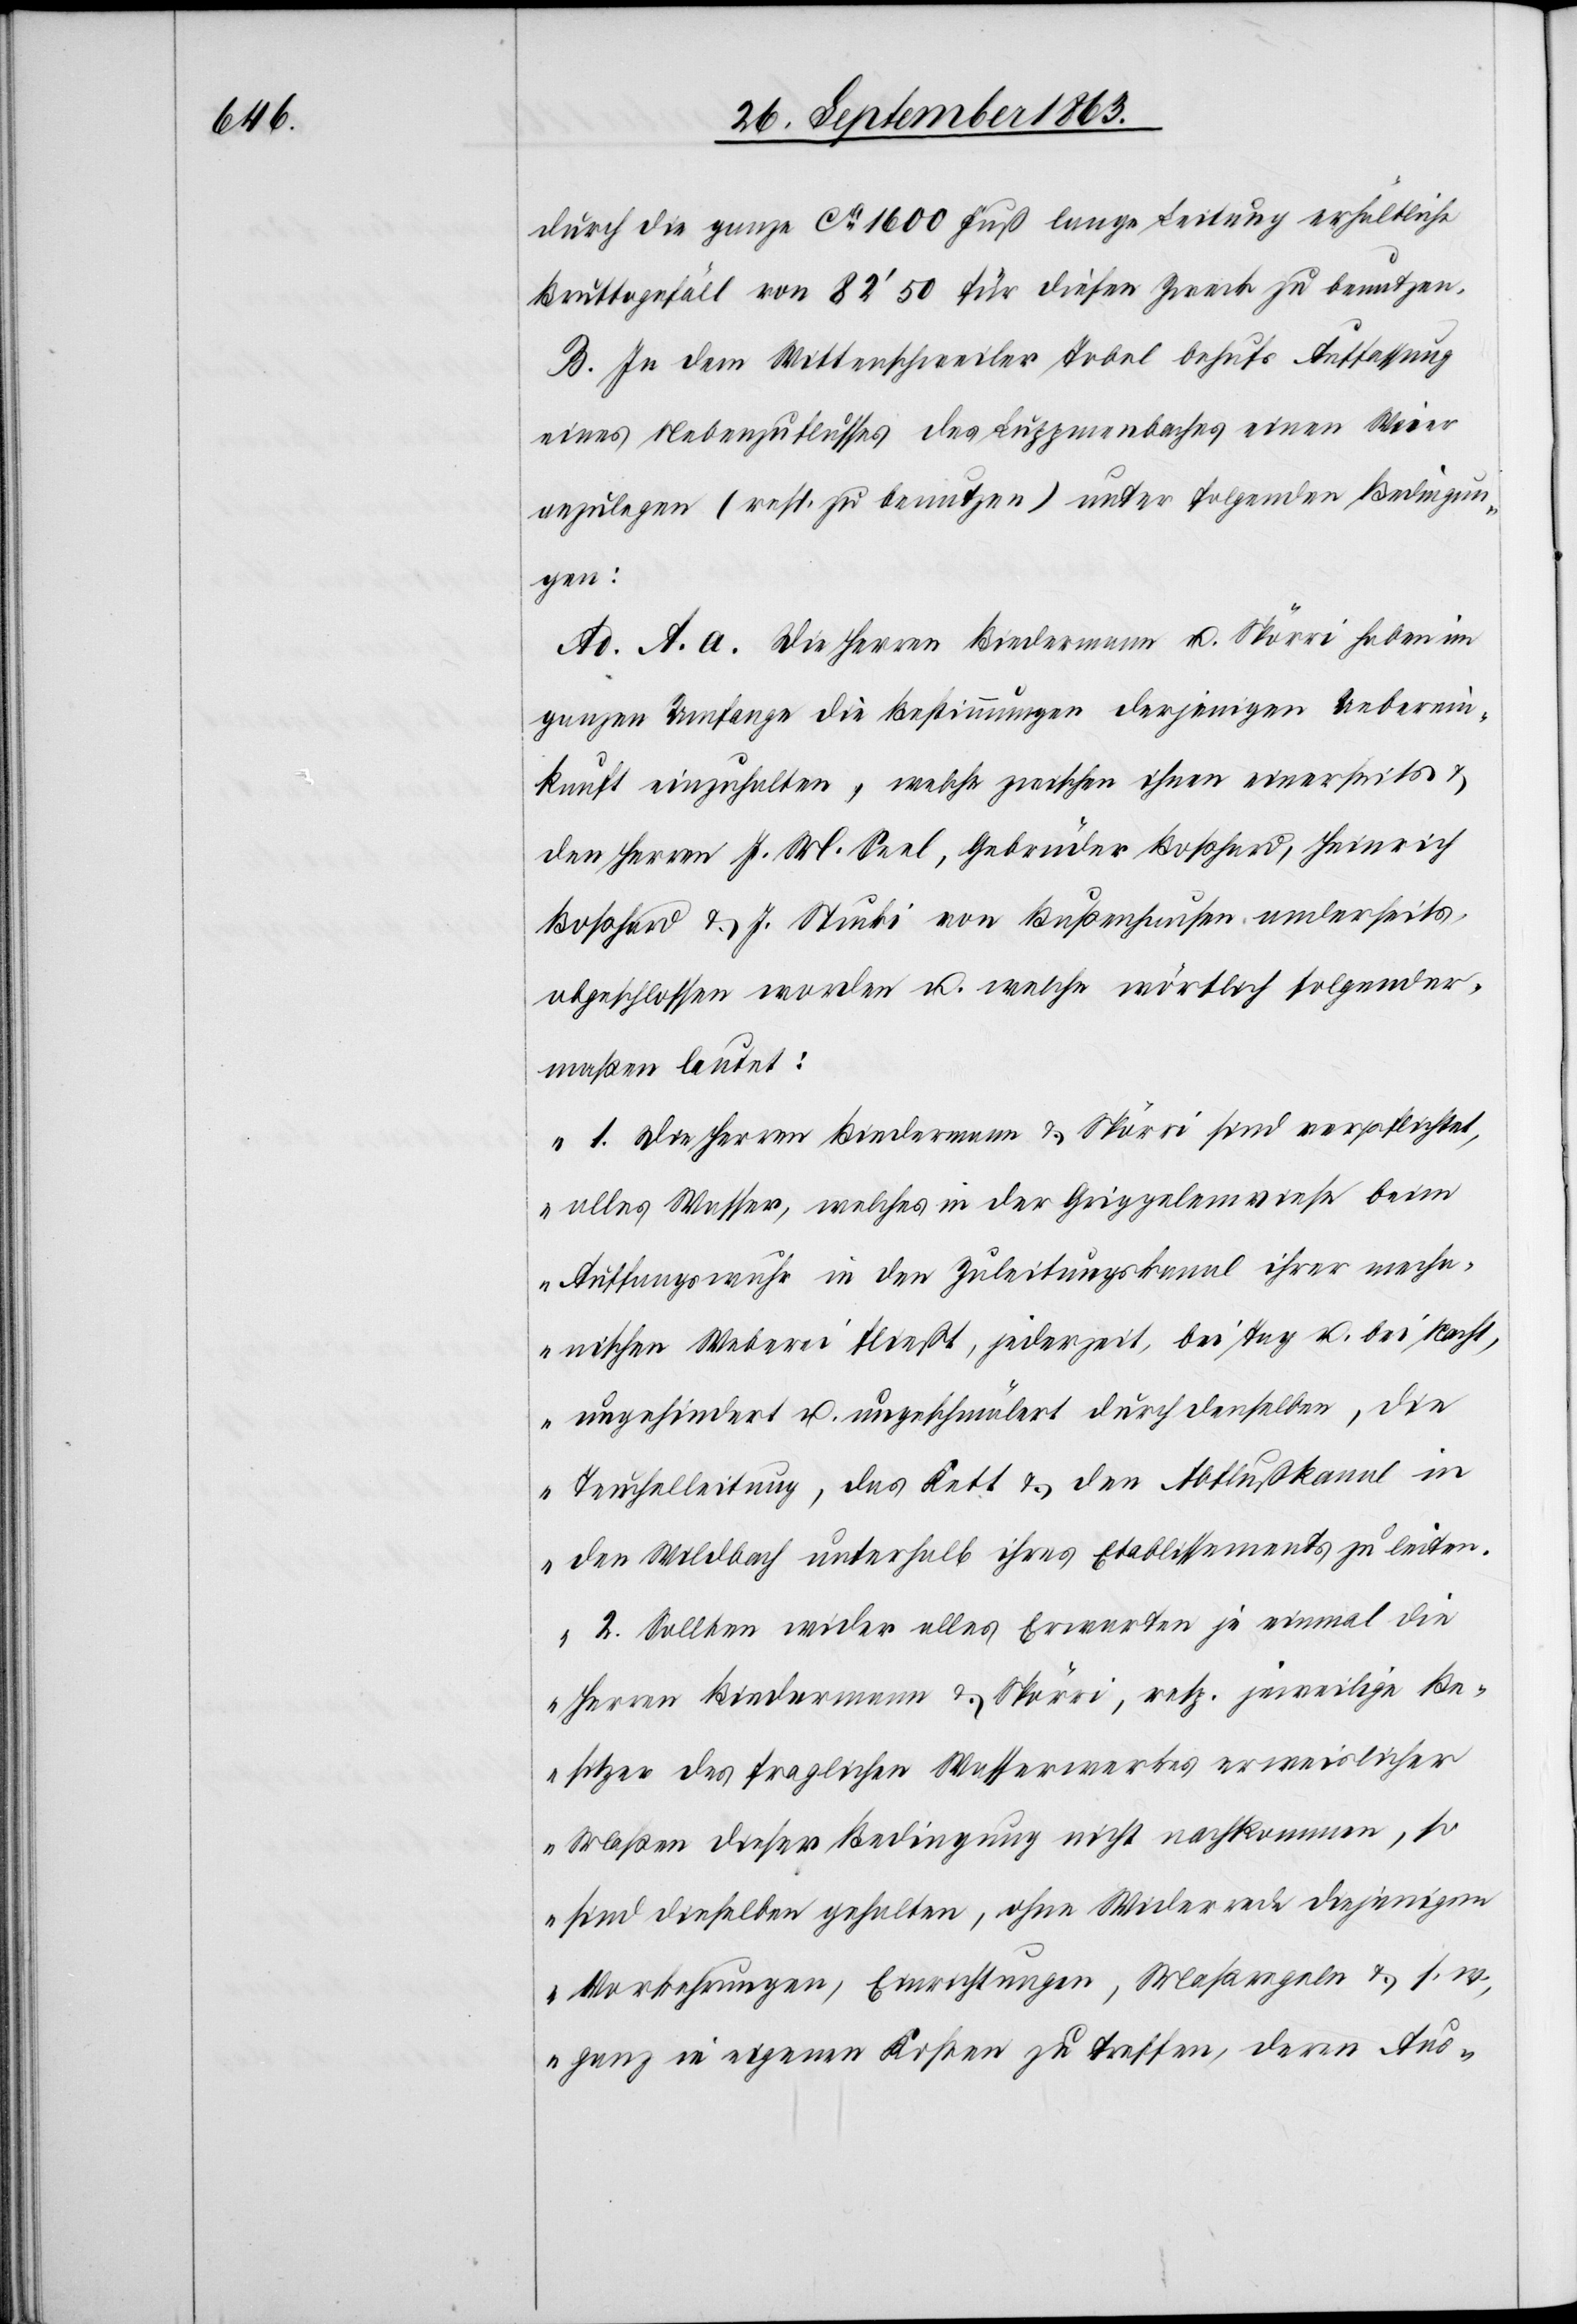
durch die ganze ca 1600 Fuß lange Leitung erhältliche
Bruttogefäll von 82' 50 für diesen Zweck zu benutzen.
B. In dem Wittenschweiler Tobel behufs Auffassung
eines Nebenzuflusses des Luppmenbaches einen Weier
anzulegen (resp. zu benutzen) unter folgenden Bedingun¬
gen:
Ad. A. a. Die Herren Biedermann u. Spörri haben im
ganzen Umfange die Bestimmungen derjenigen Ueberein¬
kunft einzuhalten, welche zwischen ihnen einerseits &
den Herren J. M. Seel, Gebrüder Boßhard, Heinrich
Boßhard & J. Stucki von Bußenhausen anderseits,
abgeschlossen worden u. welche wörtlich folgender¬
maßen lautet:
„1. Die Herren Biedermann & Spörri sind verpflichtet,
alles Wasser, welches in der Griggelenwiese beim
Auffangswuhr in den Zuleitungskanal ihrer mecha¬
nischen Weberei fließt, jederzeit, bei Tag u. bei Nacht,
ungehindert u. ungeschmälert durch denselben, die
Teuchelleitung, das Kett & den Abflußkanal in
den Wildbach unterhalb ihres Etablissements zu leiten.
2. Sollten wider alles Erwarten je einmal die
Herren Biedermann & Spörri, resp. jeweilige Be¬
sitzer des fraglichen Wasserwerkes erweislicher
Maßen dieser Bedingung nicht nachkommen, so
sind dieselben gehalten, ohne Widerrede diejenigen
Vorkehrungen, Einrichtungen, Maßregeln & s. w.,
ganz in eigenen Kosten zu treffen, deren Aus-